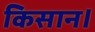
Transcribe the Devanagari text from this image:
किसान।